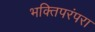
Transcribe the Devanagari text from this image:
भक्तिपरंपरा